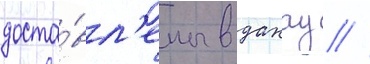
доста́вл'ены в дахау //